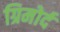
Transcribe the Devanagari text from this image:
ग्रिमोर्द